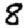
Digit: 8